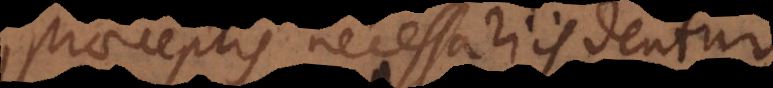
praeceptis necessariis dentur.